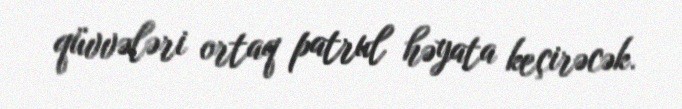
qüvvələri ortaq patrul həyata keçirəcək.